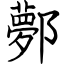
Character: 鄸